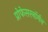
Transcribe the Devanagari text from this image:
प्रोफेसरनॉर्मन